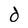
Character: d